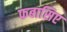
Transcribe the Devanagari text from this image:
फबासिए